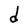
Character: d